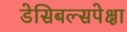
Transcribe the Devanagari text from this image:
डेसिबल्सपेक्षा